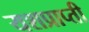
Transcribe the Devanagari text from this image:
यशप्राप्ती